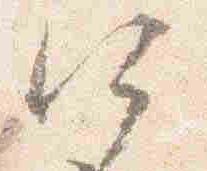
何